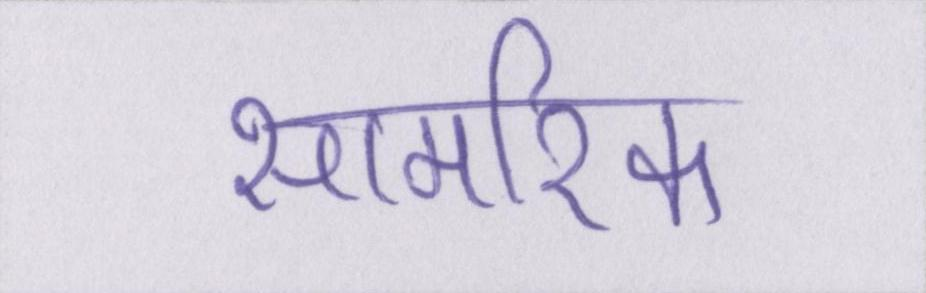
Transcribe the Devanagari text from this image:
सामरिक